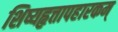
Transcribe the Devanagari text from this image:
शिष्यहृत्तापहारकम्